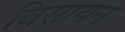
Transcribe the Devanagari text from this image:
विसायन